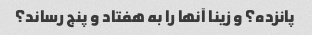
پانزده؟ و زینا آنها را به هفتاد و پنج رساند؟